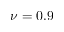
\nu = 0 . 9